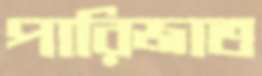
পারিজাত